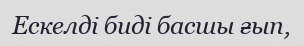
Ескелді биді басшы ғып,